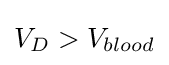
V_{D}>V_{blood}